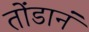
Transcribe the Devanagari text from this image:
तोंडानं